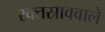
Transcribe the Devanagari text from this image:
रक्तस्राववाले